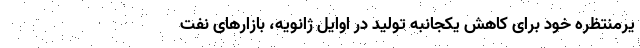
یرمنتظره خود برای کاهش یکجانبه تولید در اوایل ژانویه، بازارهای نفت